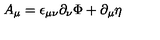
A _ { \mu } = \epsilon _ { \mu \nu } \partial _ { \nu } \Phi + \partial _ { \mu } \eta